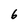
Character: 6